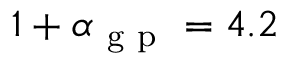
1 + \alpha _ { \mathrm { ~ g ~ p ~ } } = 4 . 2